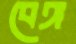
বেঙ্গ